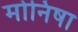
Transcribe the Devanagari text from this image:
मोनिषा